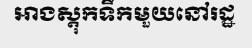
អាងស្តុកទឹកមួយនៅរដ្ឋ